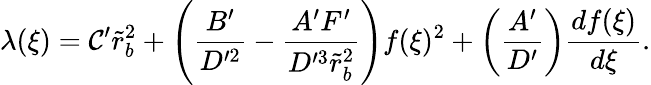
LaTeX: \lambda(\xi)=\mathcal{C}^{\prime}\tilde{{r}}_{b}^{2}+\left(\frac{{B^{\prime}}}{{D^{\prime2}}}-\frac{{A^{\prime}F^{\prime}}}{{D^{\prime3}\tilde{{r}}_{b}^{2}}}\right)f(\xi)^{2}+\left(\frac{{A^{\prime}}}{{D^{\prime}}}\right)\frac{{df(\xi)}}{{d\xi}}.